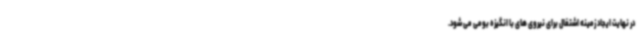
در نهایت ایجاد زمینه اشتغال برای نیروی های با انگیزه بومی می شود.